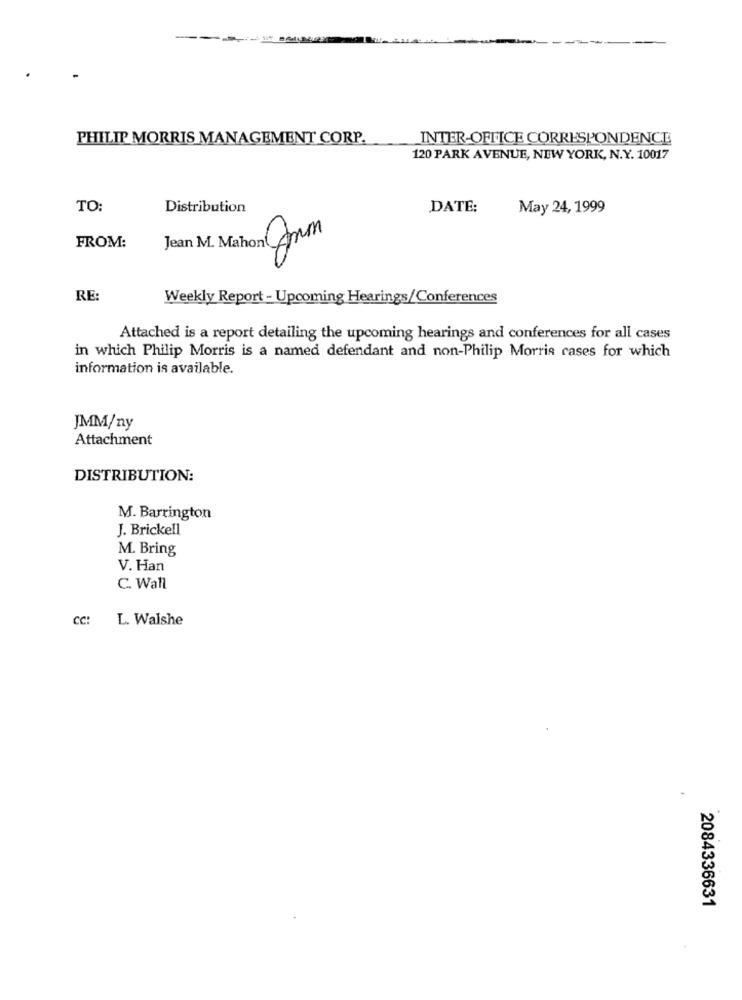
-
PHILIP MORRIS MANAGEMENT CORP.
INTER-OFFICE CORRESPONDENCE
120 PARK AVENUE, NEW YORK, N.Y. 10017
TO:
Distribution
DATE:
May 24, 1999
FROM:
Jean M. Mahon (Arm
RE:
Weekly Report - Upcoming Hearings/Conferences
Attached is a report detailing the upcoming hearings and conferences for all cases
in which Philip Morris is a named defendant and non-Philip Morris cases for which
information is available.
JMM/ny
Attachment
DISTRIBUTION:
M. Barrington
J. Brickell
M. Bring
V. Han
C. Wall
CC:
L. Walshe
2084336631